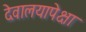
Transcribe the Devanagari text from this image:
देवालयापेक्षा